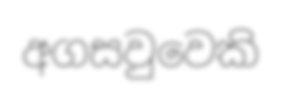
අගසවුවෙකි